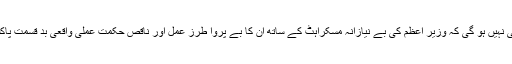
تب یہ بات پاکستانیوں کے خواب و خیال میں بھی نہیں ہو گی کہ وزیر اعظم کی بے نیازانہ مسکراہٹ کے ساتھ ان کا بے پروا طرز عمل اور ناقص حکمت عملی واقعی بد قسمت پاکستانیوں کے لیے قتل عام کا سندیسہ ثابت ہو گی۔